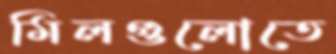
মিলগুলোতে